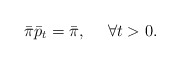
\begin{align*}\bar \pi\bar p_t = \bar \pi,~~~~\forall t>0.\end{align*}